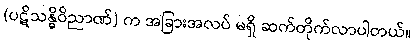
(ပဋိသန္ဓိဝိညာဏ်) က အခြားအလပ် မရှိ ဆက်တိုက်လာပါတယ်။